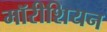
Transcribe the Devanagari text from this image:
मॉरीशियन